Report of the Municipal Commissioner on the plague in Bombay for the year ending 31st May... - Volume 2
Disease focus: Plague
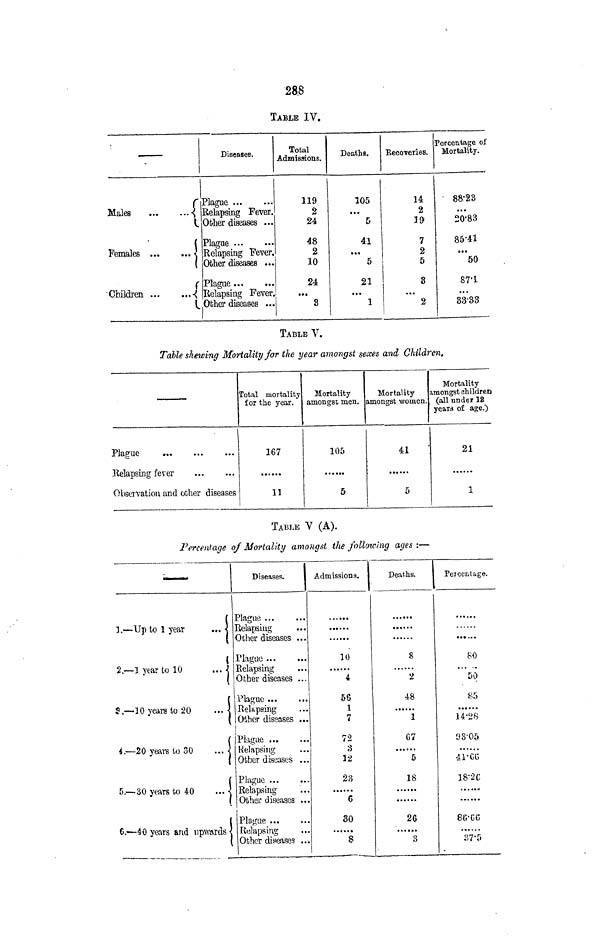
28.8
TABLE IV.
r
Males
•{
i
(
Females ...
... \
I
f
•Children
,-{
L
Diseases.
Plague
Relapsing Fever.
Other diseases ...
Plague
Relapsing Fever.
Other diseases ...
Plague
Relapsing Fever,
Other diseases ...
Total
Admissions.
119
2
24
48
2
10
24
...
3
Deaths.
105
...
5
41
...
5
21
...
1
[Recoveries.
14
2
39
7
2
5
3
...
2
Percentage of
Mortality.
' 88'23
...
20'83
85-41
•*•
50
87'1
...
33'33
TABLE V.
Table skewing Mortality for the year amongst sexes and Children,
Plague
Relapsing fever
Observation and other diseases
Total mortality
for the year. *
167
11
Mortality
amongst men.
105
5
Mortality
amongst women.
41
5
Mortality
amongst children
(all under 12
years of age.)
21
1
TABLE V (A).
Percentage of Mortality amongst the following ages :—
- —
1 , — Up to 1 year
... <
<
2.— 1 year to 10
... -j
8 .— • 10 years to 20
... j
4. — 20 years to 30
... ]
5.—30 years to 40
... ]
6. — 40 years and upwards |
Diseases.
Admissions.
Plague
Relapsing
Other diseases ...
Plague
Relapsing
Other diseases ...
Plague
Relapsing
Other diseases ...
|
Plague
Relapsing
Other diseases ...
Plague
Relapsing
Other diseases ...
Plague
Relapsing
Other diseases ...
*••*••
10
4
56
1
7
72
3
12
23
6
30
""s
Deaths.
8
2
48
1
G7
5
18
•••••*
26
3
Peice'nlage.
£0
50
85
14-28
93-05
41-CG
18'2C
86-66
87-5